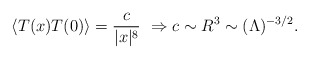
\begin{align*}\langle T(x) T(0)\rangle = {c\over |x|^8}\,\,\Rightarrow c\sim R^3\sim (\Lambda )^{-3/2}.\end{align*}